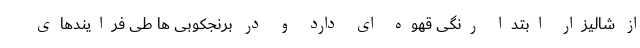
از شالیزار ابتدا رنگی قهوه ای دارد و در برنجکوبی ها طی فرایندهای